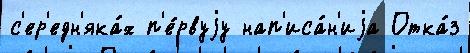
с'ер'едн'яка́х п'е́рвуjу нап'иса́н'иjа Отка́з